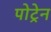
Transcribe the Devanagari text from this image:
पोट्रेन